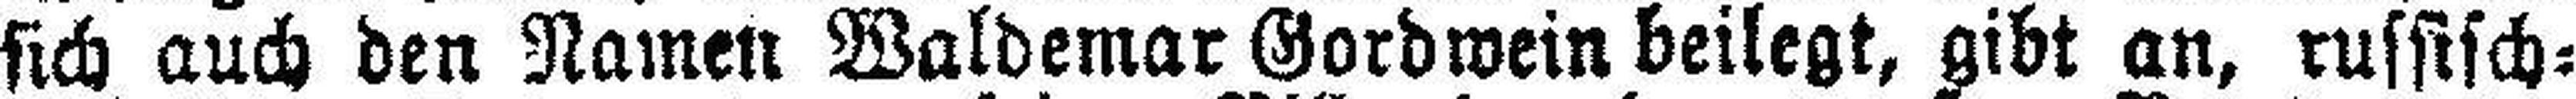
sich auch den Namen Waldemar Gordwein beilegt, gibt an, russisch=